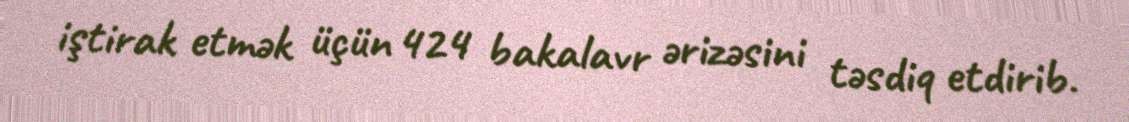
iştirak etmək üçün 424 bakalavr ərizəsini təsdiq etdirib.